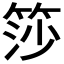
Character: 𬕍